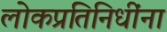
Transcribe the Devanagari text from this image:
लोकप्रतिनिधींना